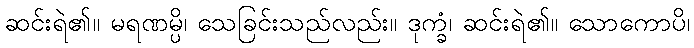
ဆင်းရဲ၏။ မရဏမ္ပိ၊ သေခြင်းသည်လည်း။ ဒုက္ခံ၊ ဆင်းရဲ၏။ သောကောပိ၊